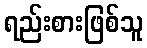
ရည်းစားဖြစ်သူ